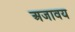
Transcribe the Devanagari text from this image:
अजावय